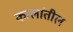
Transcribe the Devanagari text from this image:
कालांतील